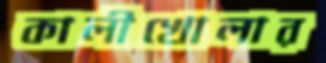
কালীখোলার